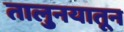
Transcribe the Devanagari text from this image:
तालु्नयातून